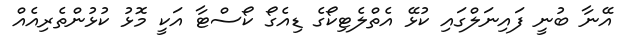
އޭނާ ބުނީ ފައިނަލްގައި ކުޅޭ އެތްލެޓިކޯގެ ޑިއެގޯ ކޯސްޓާ އަކީ މޮޅު ކުޅުންތެރިއެއް